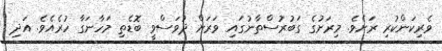
ވެރިކަންކުރި ރަށެވެ. މިރަށުގެ ގަބުރުސްތާނުގައި ވަރަށް ދުވަސްވީ ބޮޑެތި މަހާނަގާ ހުރެއެވެ. އަދި